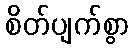
စိတ်ပျက်စွာ